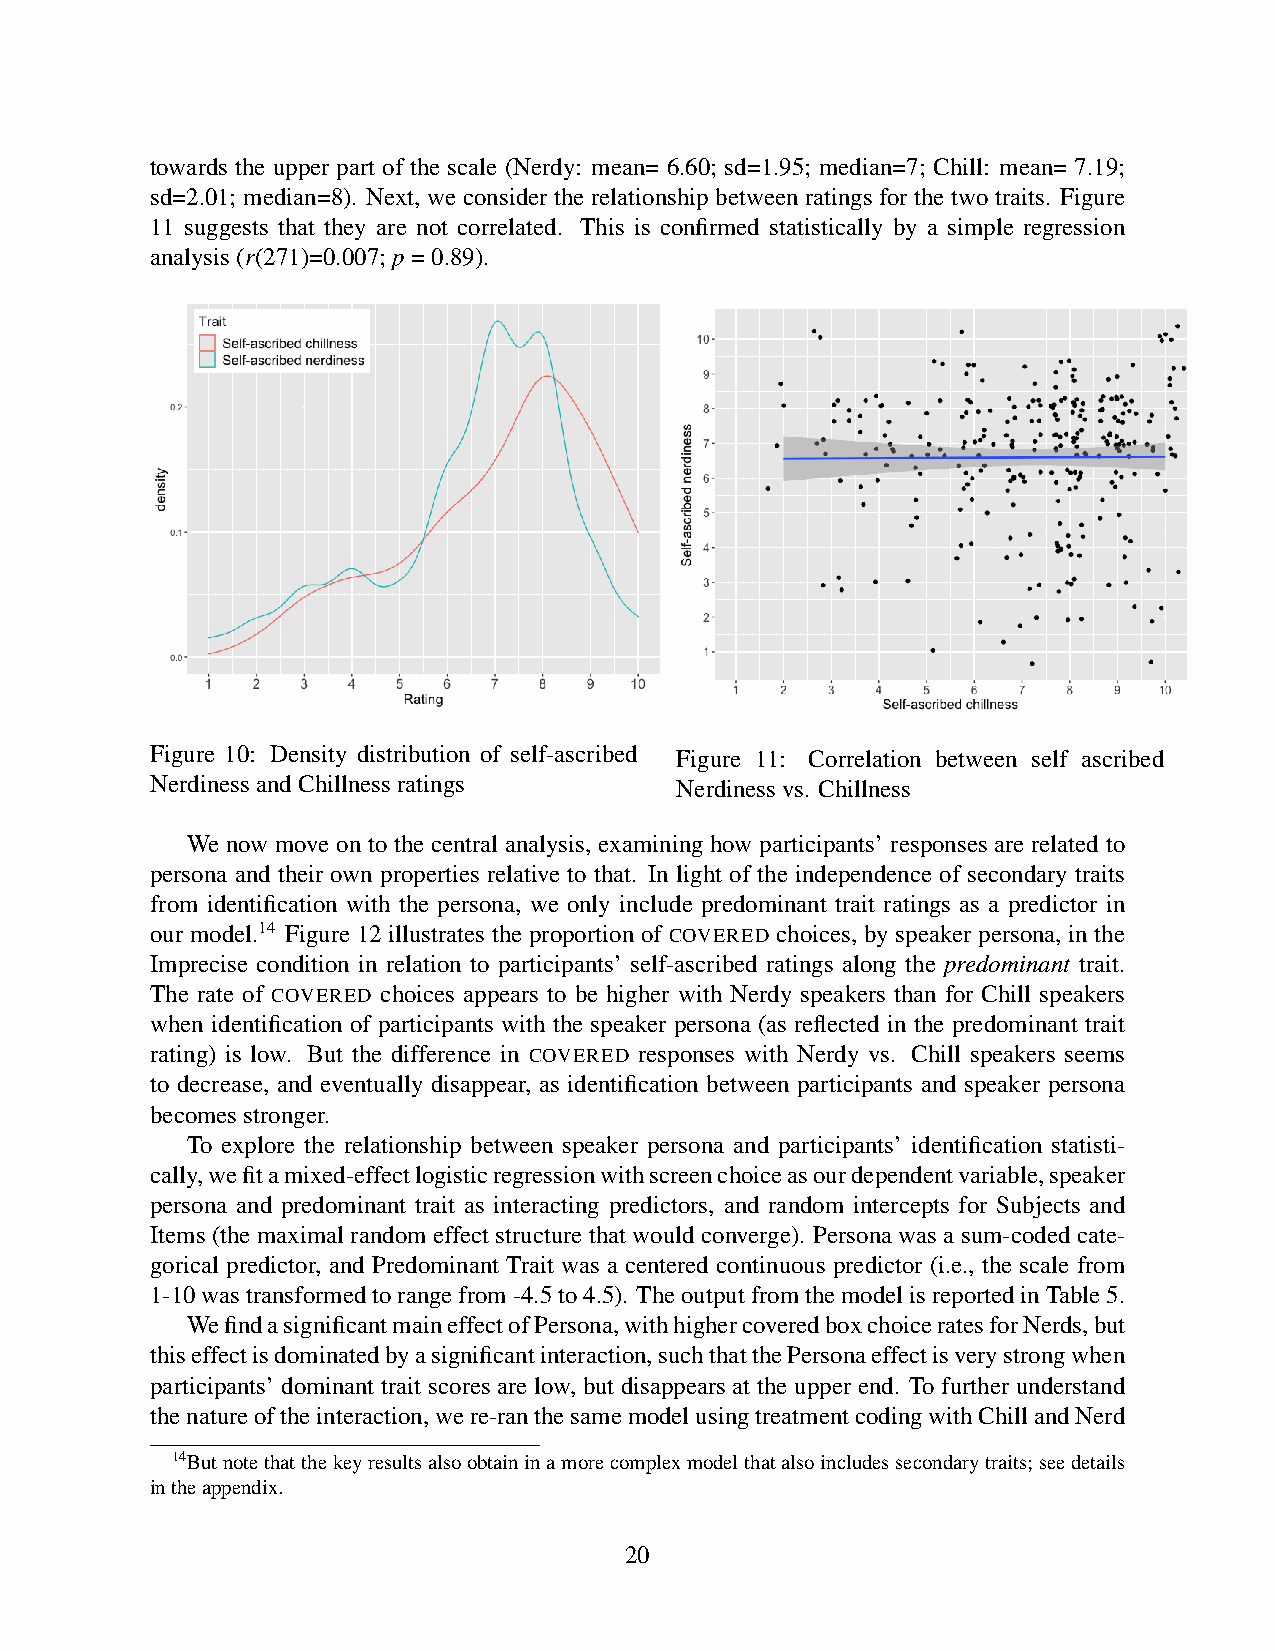
towards the upper part of the scale (Nerdy: mean= 6.60; sd=1.95; median=7; Chill: mean= 7.19;
 sd=2.01; median=8). Next, we consider the relationship between ratings for the two traits. Figure
 11 suggests that they are not correlated. This is confirmed statistically by a simple regression
 analysis(r(271)=0.007;p=0.89).
 Figure 10: Density distribution of self-ascribed Figure 11: Correlation between self ascribed
 NerdinessandChillnessratings       Nerdinessvs. Chillness
 We now move on to the central analysis, examining how participants’ responses are related to
 persona and their own properties relative to that. In light of the independence of secondary traits
 from identification with the persona, we only include predominant trait ratings as a predictor in
 our model.14 Figure 12 illustrates the proportion of COVERED choices, by speaker persona, in the
 Imprecise condition in relation to participants’ self-ascribed ratings along the predominant trait.
 The rate of COVERED choices appears to be higher with Nerdy speakers than for Chill speakers
 when identification of participants with the speaker persona (as reflected in the predominant trait
 rating) is low. But the difference in COVERED responses with Nerdy vs. Chill speakers seems
 to decrease, and eventually disappear, as identification between participants and speaker persona
 becomesstronger.
 To explore the relationship between speaker persona and participants’ identification statisti-
 cally,wefitamixed-effectlogisticregressionwithscreenchoiceasourdependentvariable,speaker
 persona and predominant trait as interacting predictors, and random intercepts for Subjects and
 Items (the maximal random effect structure that would converge). Persona was a sum-coded cate-
 gorical predictor, and Predominant Trait was a centered continuous predictor (i.e., the scale from
 1-10wastransformedtorangefrom-4.5to4.5). TheoutputfromthemodelisreportedinTable5.
 WefindasignificantmaineffectofPersona,withhighercoveredboxchoiceratesforNerds,but
 thiseffectisdominatedbyasignificantinteraction,suchthatthePersonaeffectisverystrongwhen
 participants’ dominant trait scores are low, but disappears at the upper end. To further understand
 thenatureoftheinteraction,were-ranthesamemodelusingtreatmentcodingwithChillandNerd
 14Butnotethatthekeyresultsalsoobtaininamorecomplexmodelthatalsoincludessecondarytraits;seedetails
 intheappendix.
 20